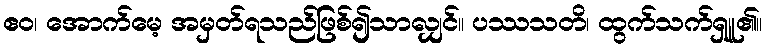
ဧဝ၊ အောက်မေ့ အမှတ်ရသည်ဖြစ်၍သာလျှင်။ ပဿသတိ၊ ထွက်သက်ရှူ၏။